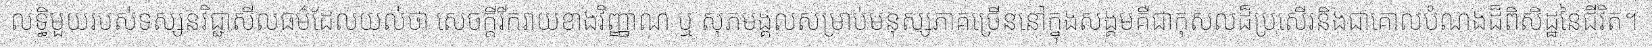
លទ្ធិមួយរបស់ទស្សនវិជ្ជាសីលធម៌ដែលយល់ថា សេចក្តីរីករាយខាងវិញ្ញាណ ឬ សុភមង្គលសម្រាប់មនុស្សភាគច្រើននៅក្នុងសង្គមគឺជាកុសលដ៏ប្រសើរនិងជាគោលបំណងដ៏ពិសិដ្ឋនៃជីវិត។